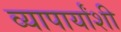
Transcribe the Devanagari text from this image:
व्यापार्यांशी